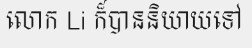
លោក Li ក៏បាននិយាយទៅ